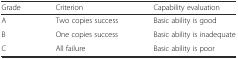
<table><thead><tr><td><b>Grade</b></td><td><b>Criterion</b></td><td><b>Capability evaluation</b></td></tr></thead><tbody><tr><td>A</td><td>Two copies success</td><td>Basic ability is good</td></tr><tr><td>B</td><td>One copies success</td><td>Basic ability is inadequate</td></tr><tr><td>C</td><td>All failure</td><td>Basic ability is poor</td></tr></tbody></table>